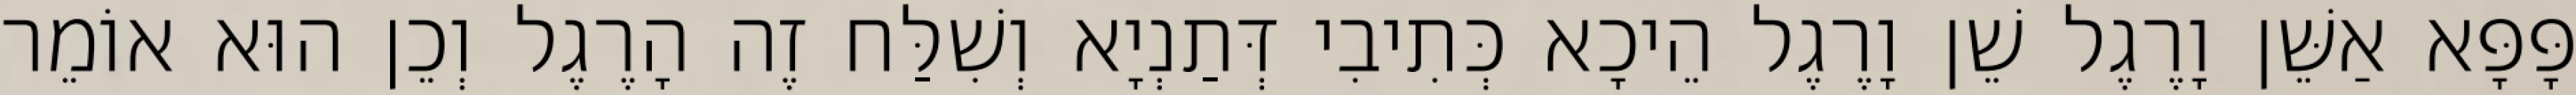
פָּפָּא אַשֵּׁן וָרֶגֶל שֵׁן וָרֶגֶל הֵיכָא כְּתִיבִי דְּתַנְיָא וְשִׁלַּח זֶה הָרֶגֶל וְכֵן הוּא אוֹמֵר